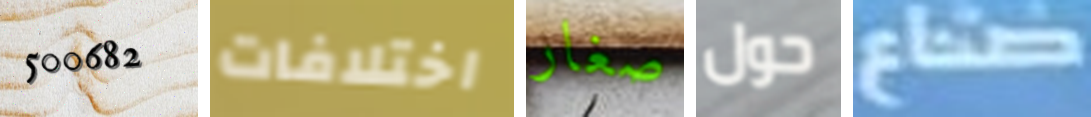
500682 اختلافات صغار حول صناع